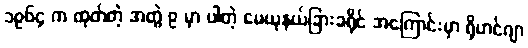
၁၉၆၄ က ထုတ်တဲ့ အတွဲ ၉ မှာ ပါတဲ့ မေယုနယ်ခြားခရိုင် အကြောင်းမှာ ရိုဟင်ဂျာ